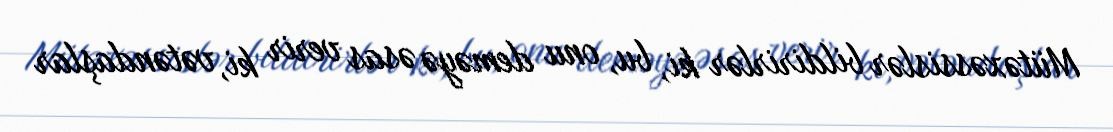
Mütəxəssislər bildirirlər ki, bu, onu deməyə əsas verir ki, vətəndaşlar